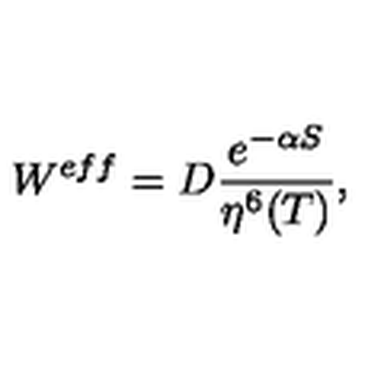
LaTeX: W ^ { e f f } = D \frac { e ^ { - \alpha S } } { \eta ^ { 6 } ( T ) } ,